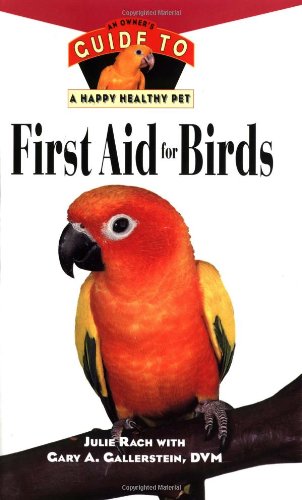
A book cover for First Aid For Birds: An Owner's Guide to a Happy Healthy Pet; Julie Rach Mancini; Crafts, Hobbies & Home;